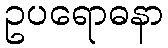
ဥပရောဓနာ